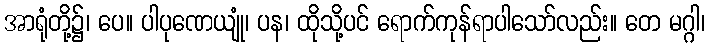
အာရုံတို့၌၊ ပေ။ ပါပုဏေယျုံ၊ ပန၊ ထိုသို့ပင် ရောက်ကုန်ရာပါသော်လည်း။ တေ မဂ္ဂါ၊